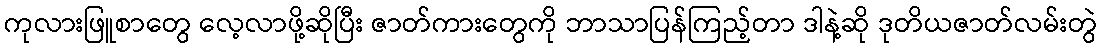
ကုလားဖြူစာတွေ လေ့လာဖို့ဆိုပြီး ဇာတ်ကားတွေကို ဘာသာပြန်ကြည့်တာ ဒါနဲ့ဆို ဒုတိယဇာတ်လမ်းတွဲ